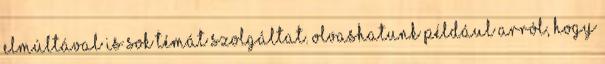
elmúltával is sok témát szolgáltat. Olvashatunk például arról, hogy